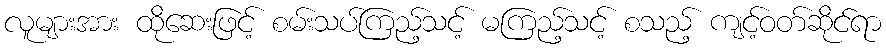
လူများအား ထိုဆေးဖြင့် စမ်းသပ်ကြည့်သင့် မကြည့်သင့် စသည့် ကျင့်ဝတ်ဆိုင်ရာ